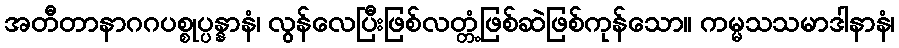
အတီတာနာဂဂပစ္စုပ္ပန္နာနံ၊ လွန်လေပြီးဖြစ်လတ္တံ့ဖြစ်ဆဲဖြစ်ကုန်သော။ ကမ္မသသမာဒါနာနံ၊